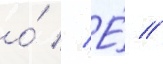
о́ // Е́ //